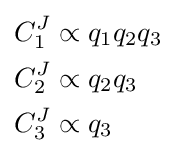
{\begin{aligned}C_{1}^{J}&\propto q_{1}q_{2}q_{3}\\C_{2}^{J}&\propto q_{2}q_{3}\\C_{3}^{J}&\propto q_{3}\\\end{aligned}}